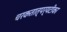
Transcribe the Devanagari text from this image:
चरकतात्पर्यटीका